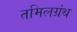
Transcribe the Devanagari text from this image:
तमिलग्रंथ